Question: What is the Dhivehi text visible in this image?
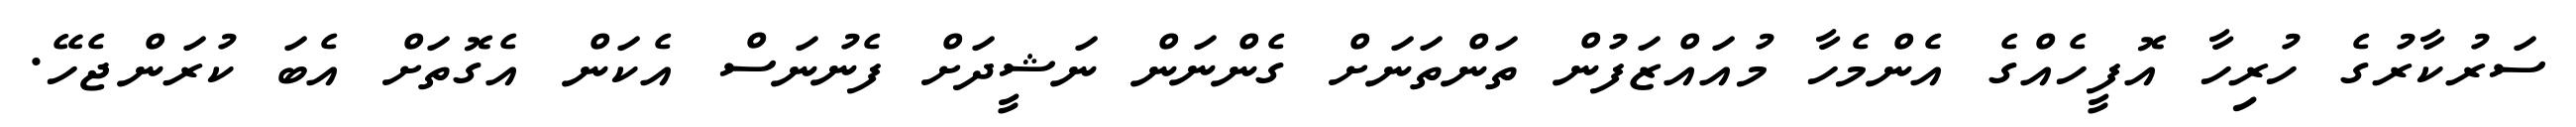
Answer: ސަރުކާރުގެ ހުރިހާ އޮފީހެއްގެ އެންމެހާ މުއައްޒަފުން ތަންތަނަށް ގެންނަން ނަޝީދަށް ފެނުނަސް އެކަން އެގޮތަށް އެބަ ކުރަންޖެހޭ.